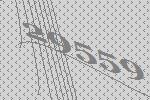
29559